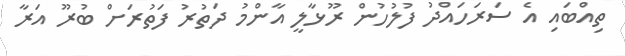
ތިއްބައި އެ ސަރަހައްދު ފުލުހުން ރޫޅާލީ އާންމު ދަތުރު ފަތުރަށް ބުރޫ އަރާ